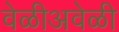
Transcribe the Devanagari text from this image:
वेळीअवेळी